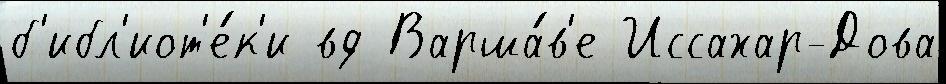
б'ибл'иот'е́к'и вд Варша́в'е Иссахар-Дова